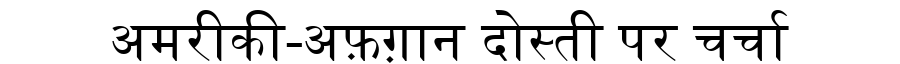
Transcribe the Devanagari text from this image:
अमरीकी-अफ़ग़ान दोस्ती पर चर्चा